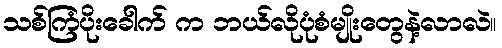
သစ်ကြံပိုးခေါက် က ဘယ်လိုပုံစံမျိုးတွေနဲ့လာလဲ။